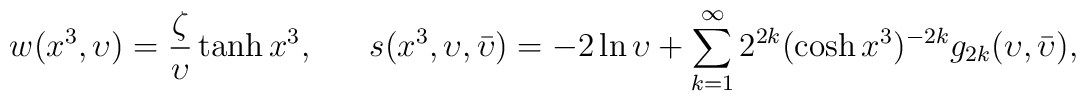
w(x^{3}, \upsilon)= \frac{\zeta}{\upsilon}\tanh x^{3},~~~~~s(x^{3},\upsilon,\bar{\upsilon})=-2 \ln{\upsilon}+ \sum_{k=1}^{\infty}2^{2k} (\cosh{x^{3}})^{-2k}g_{2k}(\upsilon,\bar{\upsilon}),